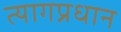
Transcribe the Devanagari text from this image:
त्यागप्रधान